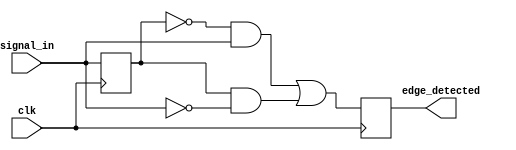
module edge_detector (
    input wire clk,              // Clock signal
    input wire signal_in,        // Input signal
    output reg edge_detected     // Output signal indicating edge detection
);

    reg previous_state;          // Memory element to store the previous state

    // Always block triggered on the rising edge of the clock
    always @(posedge clk) begin
        // Edge detection logic
        edge_detected <= (previous_state == 0 && signal_in == 1) || (previous_state == 1 && signal_in == 0);
        
        // Update previous state
        previous_state <= signal_in;
    end

endmodule